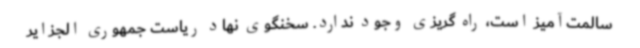
سالمت‌آمیز است، راه گریزی وجود ندارد. سخنگوی نهاد ریاست جمهوری الجزایر